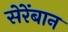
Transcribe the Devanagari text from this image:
सेरेंबान